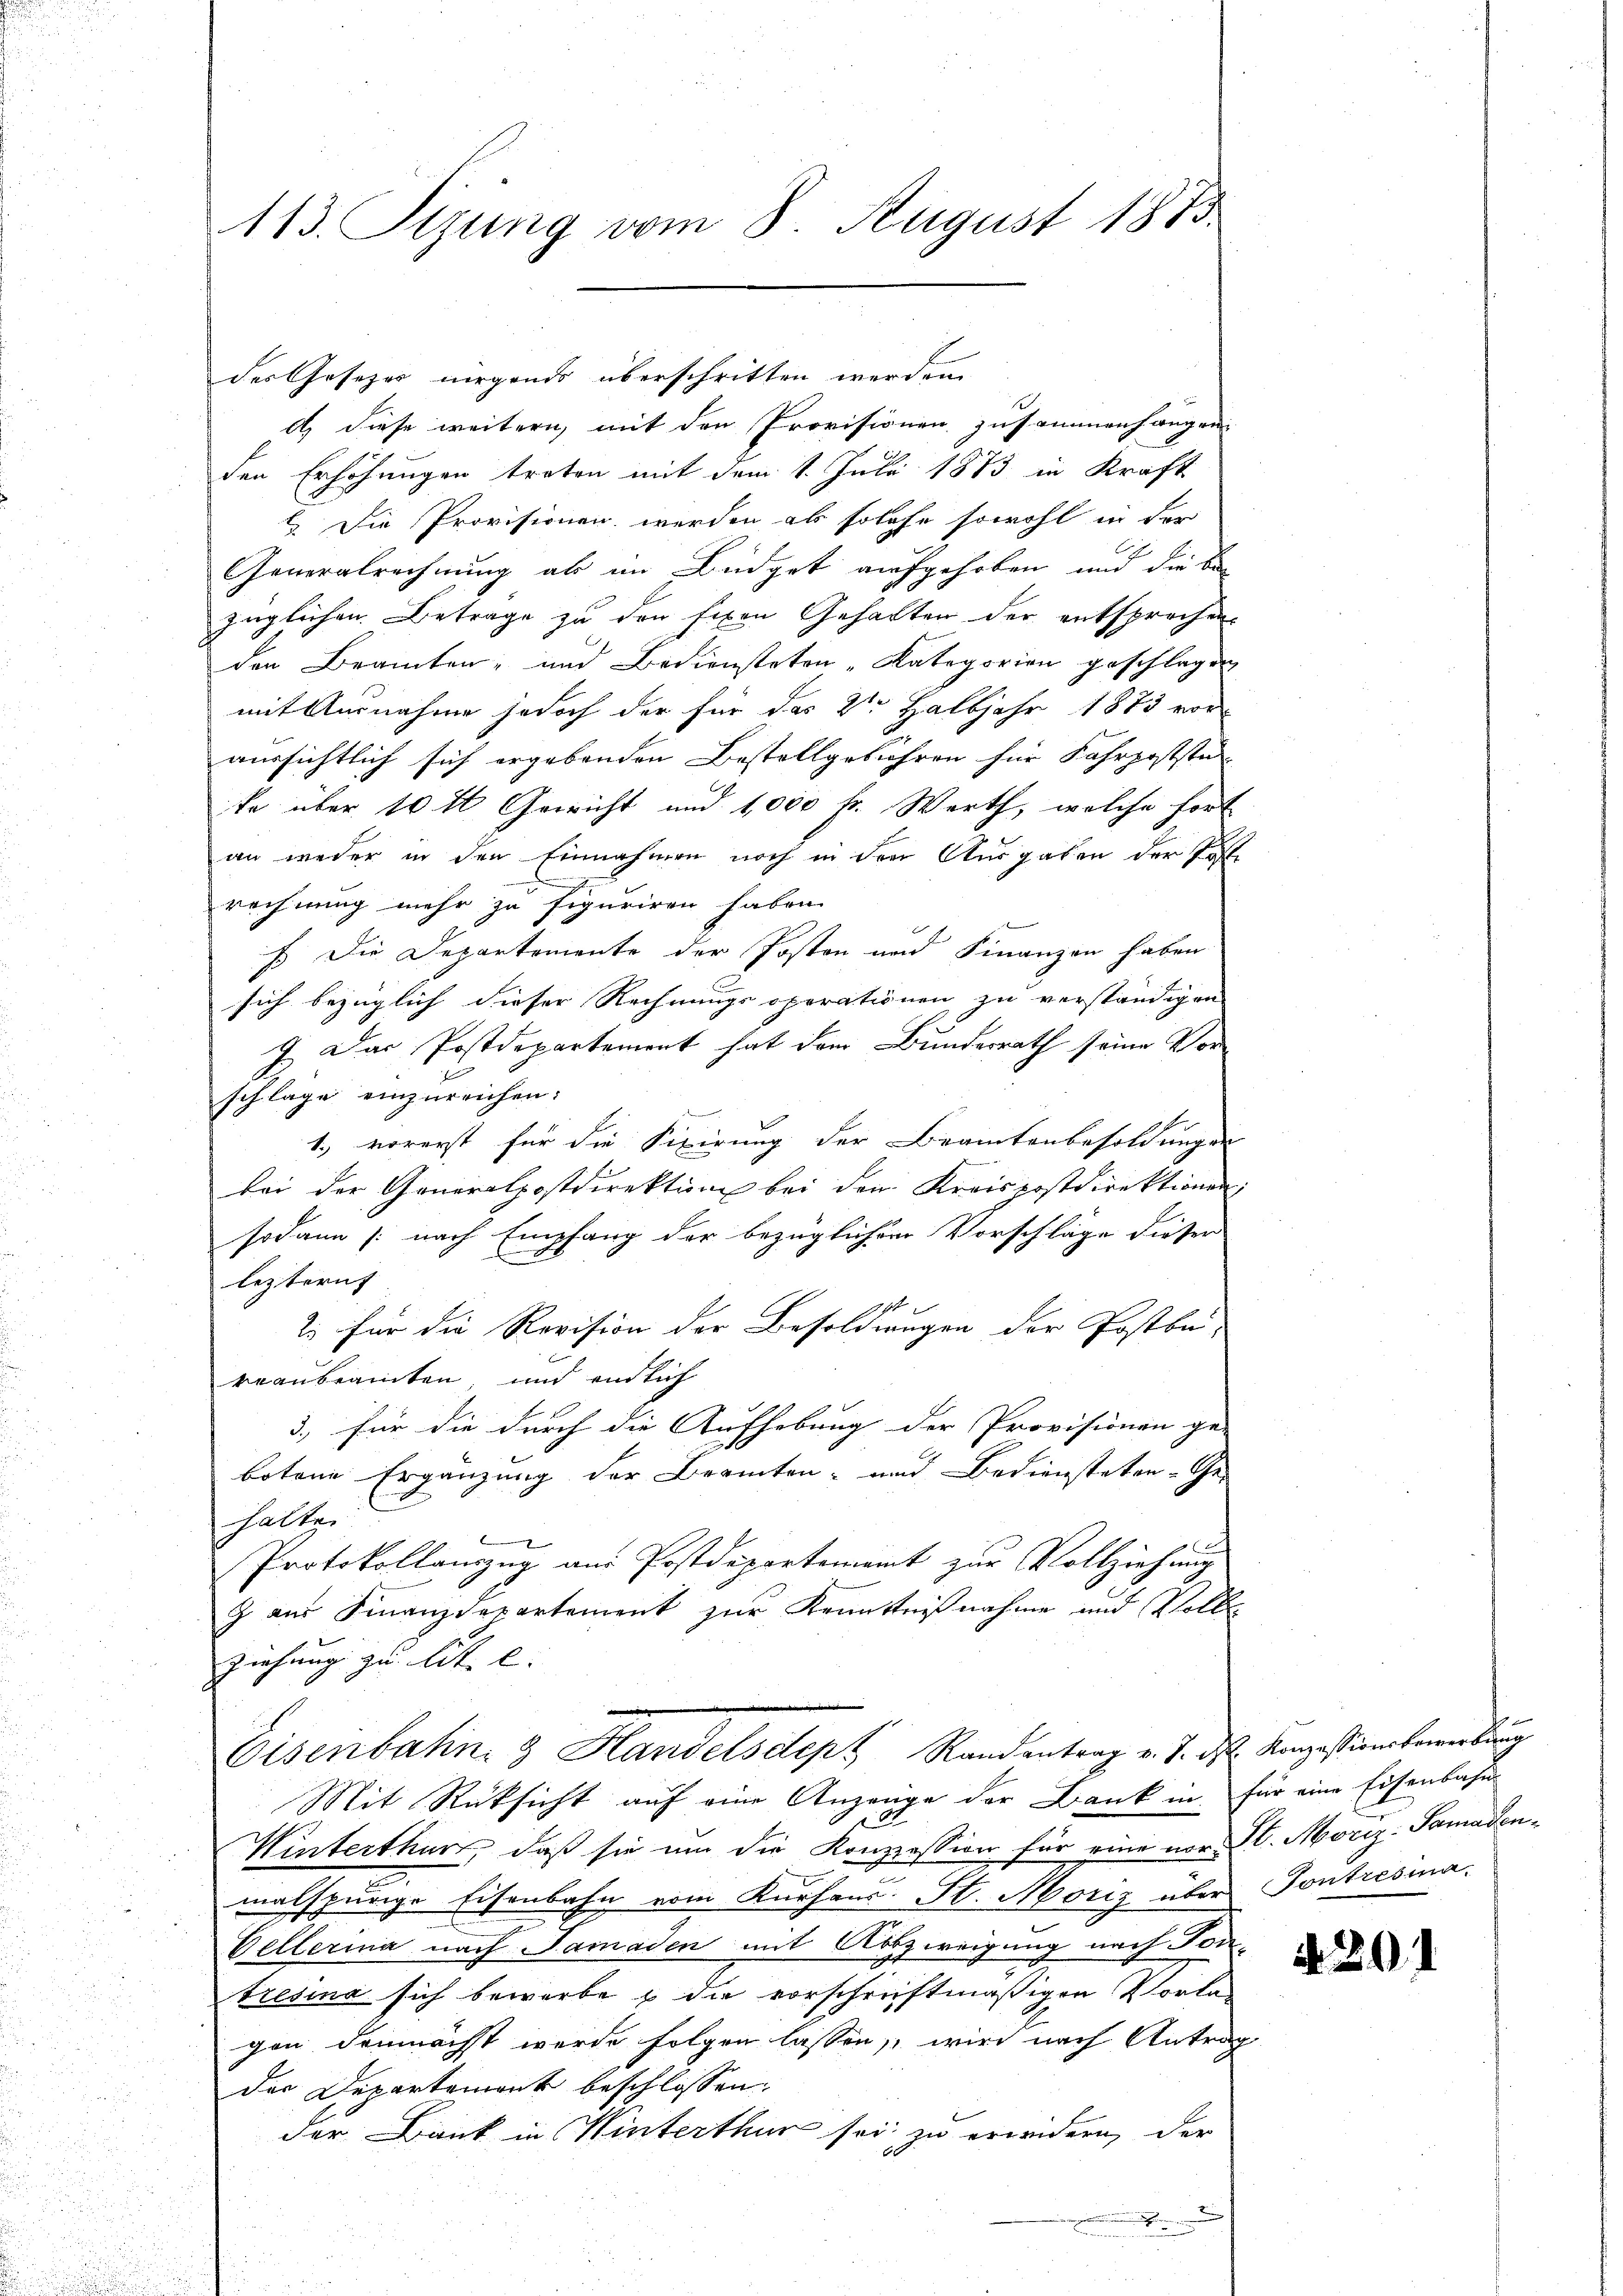
113. Sizung vom 8. August 1883.

des Gesetzes nirgends überschritten werden.

d) diese weitern, mit den Provisionen zusammenhangen
den Erhöhungen treten mit dem 1. Juli 1873 in Kraft
 Die Provisionen werden als solche sowohl in der
Generalrechnung ab im Büdget aufgehoben und die be
züglichen Betrage zu den fixen Gehalten der entsprochen
den Beamten, und Bediensteten „Kategorien geschlagen
mit Ausnahme jedoch der für das 2ten Halbjahr 1873 voraussichtlich sich ergebenden Bestellgebühren für Fahrpostste
te über 10 fl Gericht und 1,000 fr. Warth, welche fort
an weder in den Einnahmen noch in den Ausgaben der Faste
rechnung mehr zu figuriren haben.
F. Die Departemente der Posten und Finanzen haben
sich bezüglich dieser Rechnungsoperationen zu verständigen
9. Das Postdepartement hat dem Bundesrath seine Vorschlage einzureichen:
1., vorerst für die Fixirung der Beamtenbesoldungen
bei der Generalpostdirektion bei den Kreispostdirektionen
sodann (: nach Empfang der bezüglichen Vorschläge dieser
leztern
2. für die Revision der Besoldungen der Postbü-
veaubeamten, und endlich
3., für die durch die Aufhebung der Provisionen ge-
botene Ergänzung der Branten- und Bediensteten Ge-
halten
Protokollauszug aus Postdepartement zur Vollziehung
g aus Finanzdepartement zur Kenntnißnahme und Volle
ziehung zu lit. l.
Eisenbahn, 3 Handelsclept, Randantrag v. J. ds. Konzessionsbewerbung
Mit Rücksicht auf eine Anzeuge der Dank in für eine Eisenbahn-
Winterthur, daß sie um die Konzession für eine vor St. Moriz-Samadenmalspurige Eisenbahn vom Kurhaus St. Moriz über Tontresina.
Vellerina nach Samaden mit Abszweigung nach Tontresina sich bewerbe u die vorschriftmäßigen Vorla
gen demnächst werde folgen lassen, wird nach Antrag
der Departement beschlossen:
der Dank in Winterthur sei zu erwidern, der
x